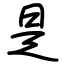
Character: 是